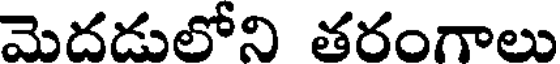
మెదడులోని తరంగాలు